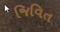
જિવિત